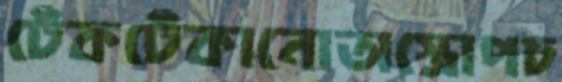
টেঁকটেঁকানোঅস্ত্রোপচ